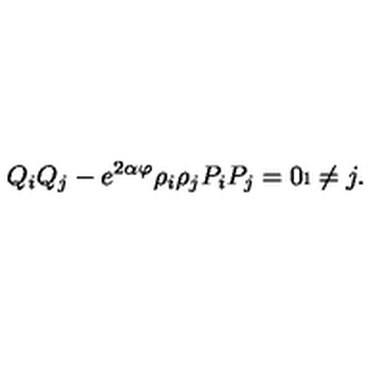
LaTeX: Q _ { i } Q _ { j } - e ^ { 2 \alpha \varphi } \rho _ { i } \rho _ { j } P _ { i } P _ { j } = 0 \i \neq j .